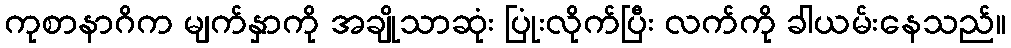
ကုစာနာဂိက မျက်နှာကို အချိုသာဆုံး ပြုံးလိုက်ပြီး လက်ကို ခါယမ်းနေသည်။